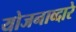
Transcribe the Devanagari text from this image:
योजनाव्दारे